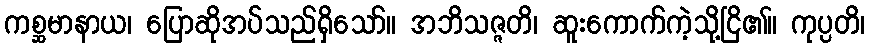
ကစ္ဆမာနာယ၊ ပြောဆိုအပ်သည်ရှိသော်။ အဘိသဇ္ဇတိ၊ ဆူးကောက်ကဲ့သို့ငြိ၏။ ကုပ္ပတိ၊